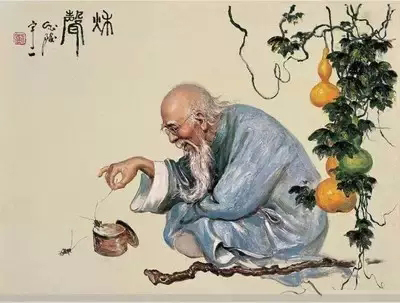
博观而约取，厚积而薄发